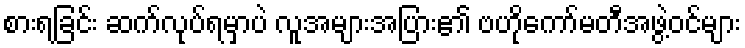
စားရခြင်း ဆက်လုပ်ရမှာပဲ လူအများအပြား၏ ဗဟိုကော်မတီအဖွဲ့ဝင်များ